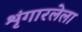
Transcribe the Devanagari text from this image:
शृंगारलेला